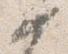
如